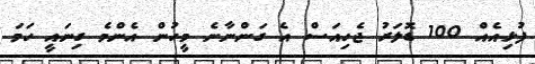
ފުޅިއެއް 100 ޑޮލަރު ޖެހިއަސް އެ ގަންނާނެ މީހުން އެންމެ ގިނައީ ހަމަ